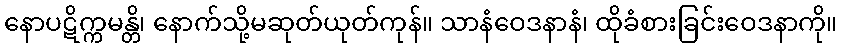
နောပဋိက္ကမန္တိ၊ နောက်သို့မဆုတ်ယုတ်ကုန်။ သာနံဝေဒနာနံ၊ ထိုခံစားခြင်းဝေဒနာကို။